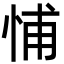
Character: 悑